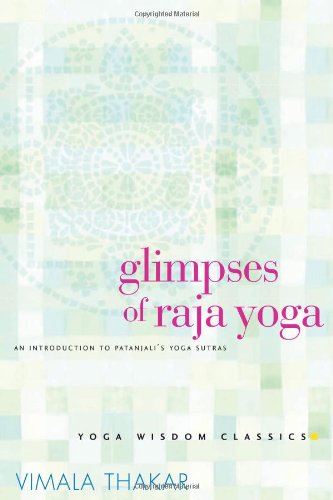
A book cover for Glimpses of Raja Yoga: An Introduction to Patanjali's Yoga Sutras (Yoga Wisdom Classics); Vimala Thakar; Religion & Spirituality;